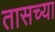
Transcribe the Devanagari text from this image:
तासच्या